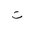
Letter: _ta